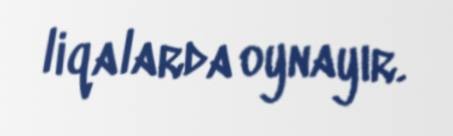
liqalarda oynayır.